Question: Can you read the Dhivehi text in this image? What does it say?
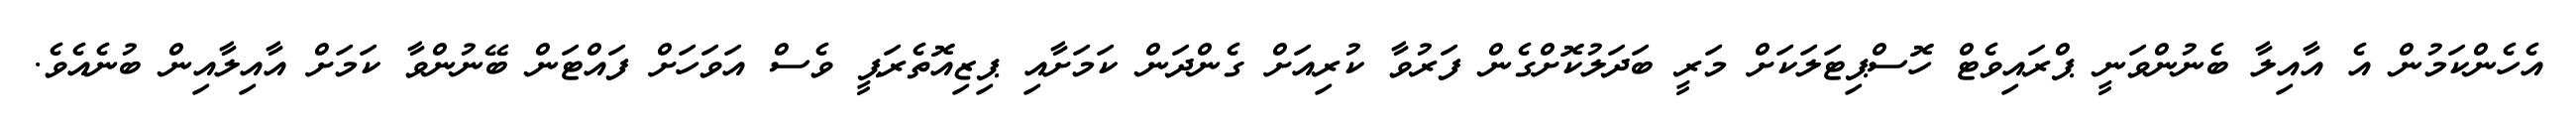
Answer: އެހެންކަމުން އެ އާއިލާ ބެނުންވަނީ ޕްރައިވެޓް ހޮސްޕިޓަލަކަށް މަރީ ބަދަލުކޮށްގެން ފަރުވާ ކުރިއަށް ގެންދަން ކަމަށާއި ޕިޒިއޮތެރަޕީ ވެސް އަވަހަށް ފައްޓަން ބޭނުންވާ ކަމަށް އާއިލާއިން ބުނެއެވެ.